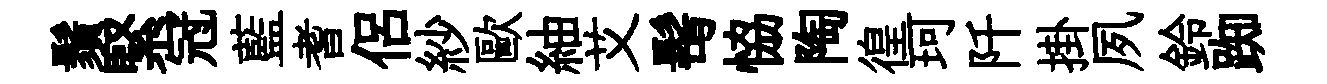
鬚緊冠藍耆侶紗歐紬艾髩恊陶徨珂阡掛夙鈴踟